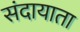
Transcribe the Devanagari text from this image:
संदायाता